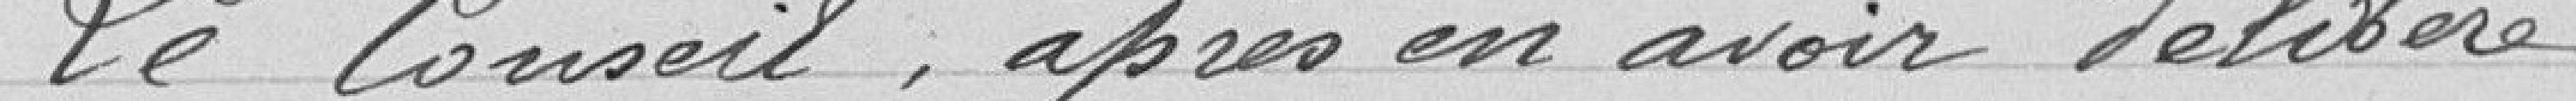
Le Conseil, après en avoir délibéré,